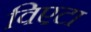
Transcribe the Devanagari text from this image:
विएटा